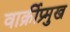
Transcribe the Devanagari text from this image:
वार्क्रीप्र्मुख